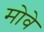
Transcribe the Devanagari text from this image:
मोवे